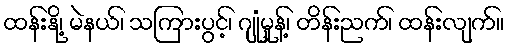
ထန်းနို့၊ မဲနယ်၊ သကြားပွင့်၊ ဂျုံမှုန့်၊ တိန်းညက်၊ ထန်းလျက်။